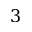
3